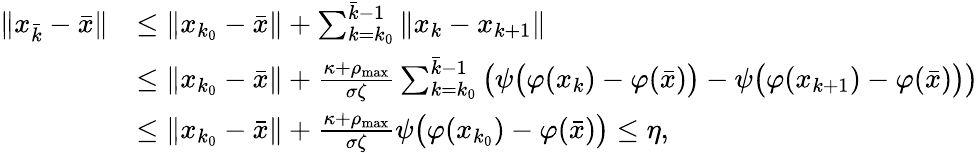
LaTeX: \begin{array}{rl}{\| x_{\bar{k}}-\bar{x}\| }&{\leq\| x_{k_{0}}-\bar{x}\| +\sum_{k=k_{0}}^{\bar{k}-1}\| x_{k}-x_{k+1}\| }\\ &{\leq\| x_{k_{0}}-\bar{x}\| +\frac{\kappa+\rho_{\operatorname*{max}}}{\sigma\zeta}\sum_{k=k_{0}}^{\bar{k}-1}\big(\psi\big(\varphi(x_{k})-\varphi(\bar{x})\big)-\psi\big(\varphi(x_{k+1})-\varphi(\bar{x})\big)\big)}\\ &{\leq\| x_{k_{0}}-\bar{x}\| +\frac{\kappa+\rho_{\operatorname*{max}}}{\sigma\zeta}\psi\big(\varphi(x_{k_{0}})-\varphi(\bar{x})\big)\leq\eta,}\end{array}